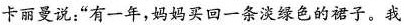
卡丽曼说：“有一年，妈妈买回一条淡绿色的裙子。我